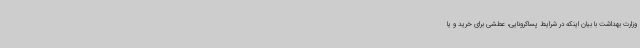
وزارت بهداشت با بیان اینکه در شرایط پساکرونایی، عطشی برای خرید و یا